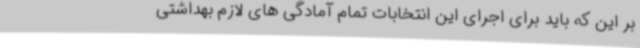
بر این که باید برای اجرای این انتخابات تمام آمادگی های لازم بهداشتی